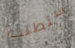
ستطلب